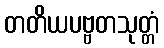
တတိယပဗ္ဗတသုတ္တံ